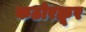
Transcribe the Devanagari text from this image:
कठोरक्रूर